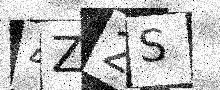
Text: 4Z2S